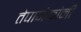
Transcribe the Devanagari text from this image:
तेपानेकांनी